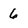
Character: 6